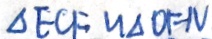
\Delta E C F \sim \Delta O F N